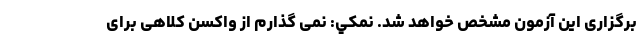
برگزاری این آزمون مشخص خواهد شد. نمکي: نمی گذارم از واکسن کلاهی برای